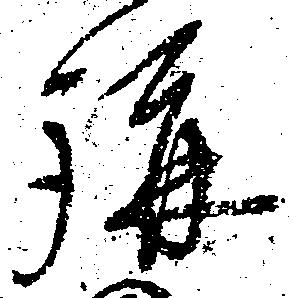
講